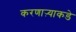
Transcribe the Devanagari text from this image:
करणाऱ्याकडे